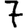
Digit: 7